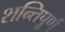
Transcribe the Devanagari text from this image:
शन्तिपूर्ण